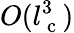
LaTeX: O(l_{\mathrm{~c~}}^{3})